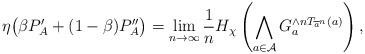
LaTeX: \begin{align*} \eta\big(\beta P'_A + (1-\beta) P''_A\big) = \lim_{n \rightarrow \infty} \frac{1}{n} H_\chi\left(\bigwedge_{a \in \mathcal{A}} G_a^{\wedge n T_{\overline{a}^n} (a)}\right),\end{align*}